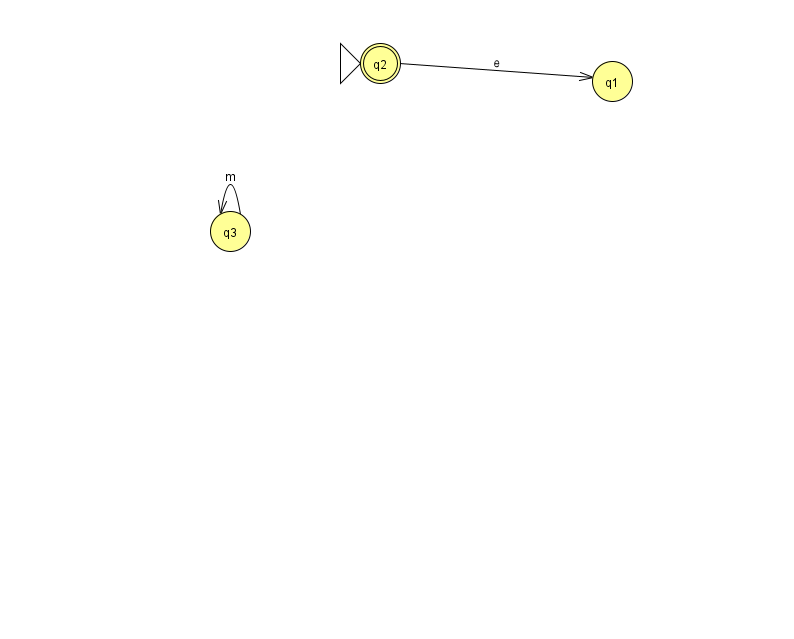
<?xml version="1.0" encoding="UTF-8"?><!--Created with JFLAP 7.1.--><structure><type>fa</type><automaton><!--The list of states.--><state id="1" name="q1"><x>612.0</x><y>68.0</y></state><state id="2" name="q2"><x>380.0</x><y>50.0</y><initial/><final/></state><state id="3" name="q3"><x>230.0</x><y>218.0</y></state><!--The list of transitions.--><transition><from>2</from><to>1</to><read>e</read></transition><transition><from>3</from><to>3</to><read>m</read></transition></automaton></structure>